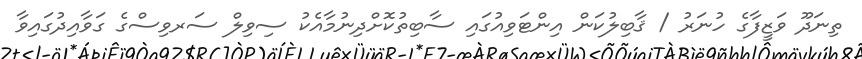
ތިނަދޫ ވަޒީފާގެ ހުނަރު / ޤާބިލުކަން އިންޓަވިއުގައި ސާބިތުކޮށްދިނުމާއެކު ސިވިލް ސަރވިސްގެ ގަވާއިދުގައިވާ